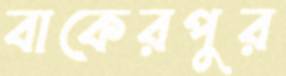
বাকেরপুর